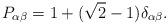
LaTeX: \begin{gather*}P_{\alpha\beta}=1+(\sqrt{2}-1)\delta_{\alpha\beta}.\end{gather*}